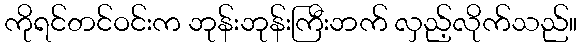
ကိုရင်တင်ဝင်းက ဘုန်းဘုန်းကြီးဘက် လှည့်လိုက်သည်။